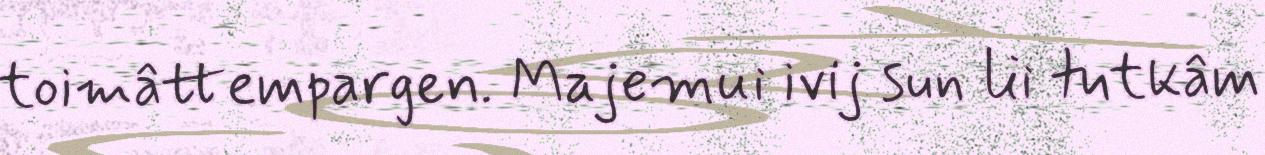
toimâttempargen. Majemui ivij sun lii tutkâm